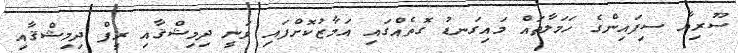
ސޫރިޔާ ސިފައިންގެ ހަމަލާތައް މައިގަނޑު ގޮތެއްގައި އަމާޒުކޮށްފައި ވަނީ ދިމިޝްޤާއި ރީފް ދިމިޝްޤާއި